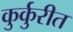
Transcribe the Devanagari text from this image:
कुर्कुरीत